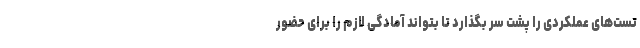
تست‌های عملکردی را پشت سر بگذارد تا بتواند آمادگی لازم را برای حضور